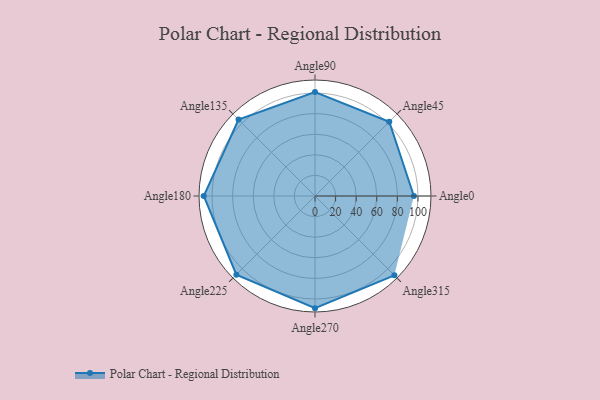
{"axis": {"x": "Angle", "y": "Radius"}, "legend": [""], "data": [{"x": "Angle0", "y": 96.0, "type": ""}, {"x": "Angle45", "y": 102.0, "type": ""}, {"x": "Angle90", "y": 101.0, "type": ""}, {"x": "Angle135", "y": 105.0, "type": ""}, {"x": "Angle180", "y": 108.0, "type": ""}, {"x": "Angle225", "y": 108.0, "type": ""}, {"x": "Angle270", "y": 109.0, "type": ""}, {"x": "Angle315", "y": 109.0, "type": ""}]}